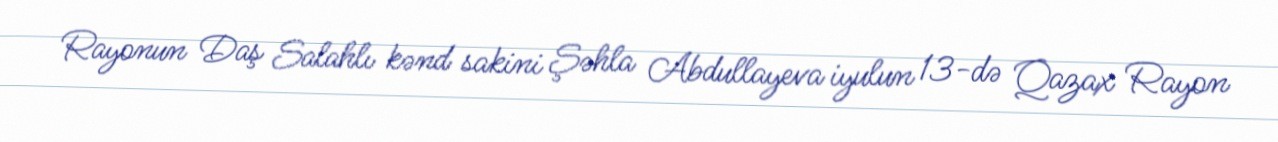
Rayonun Daş Salahlı kənd sakini Şəhla Abdullayeva iyulun 13-də Qazax Rayon